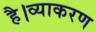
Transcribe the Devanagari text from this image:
है।व्याकरण